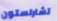
تشارلستون